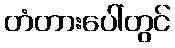
တံတားပေါ်တွင်